Eestimaa_Kommunistliku_Partei_Keskkomitee, lk 38
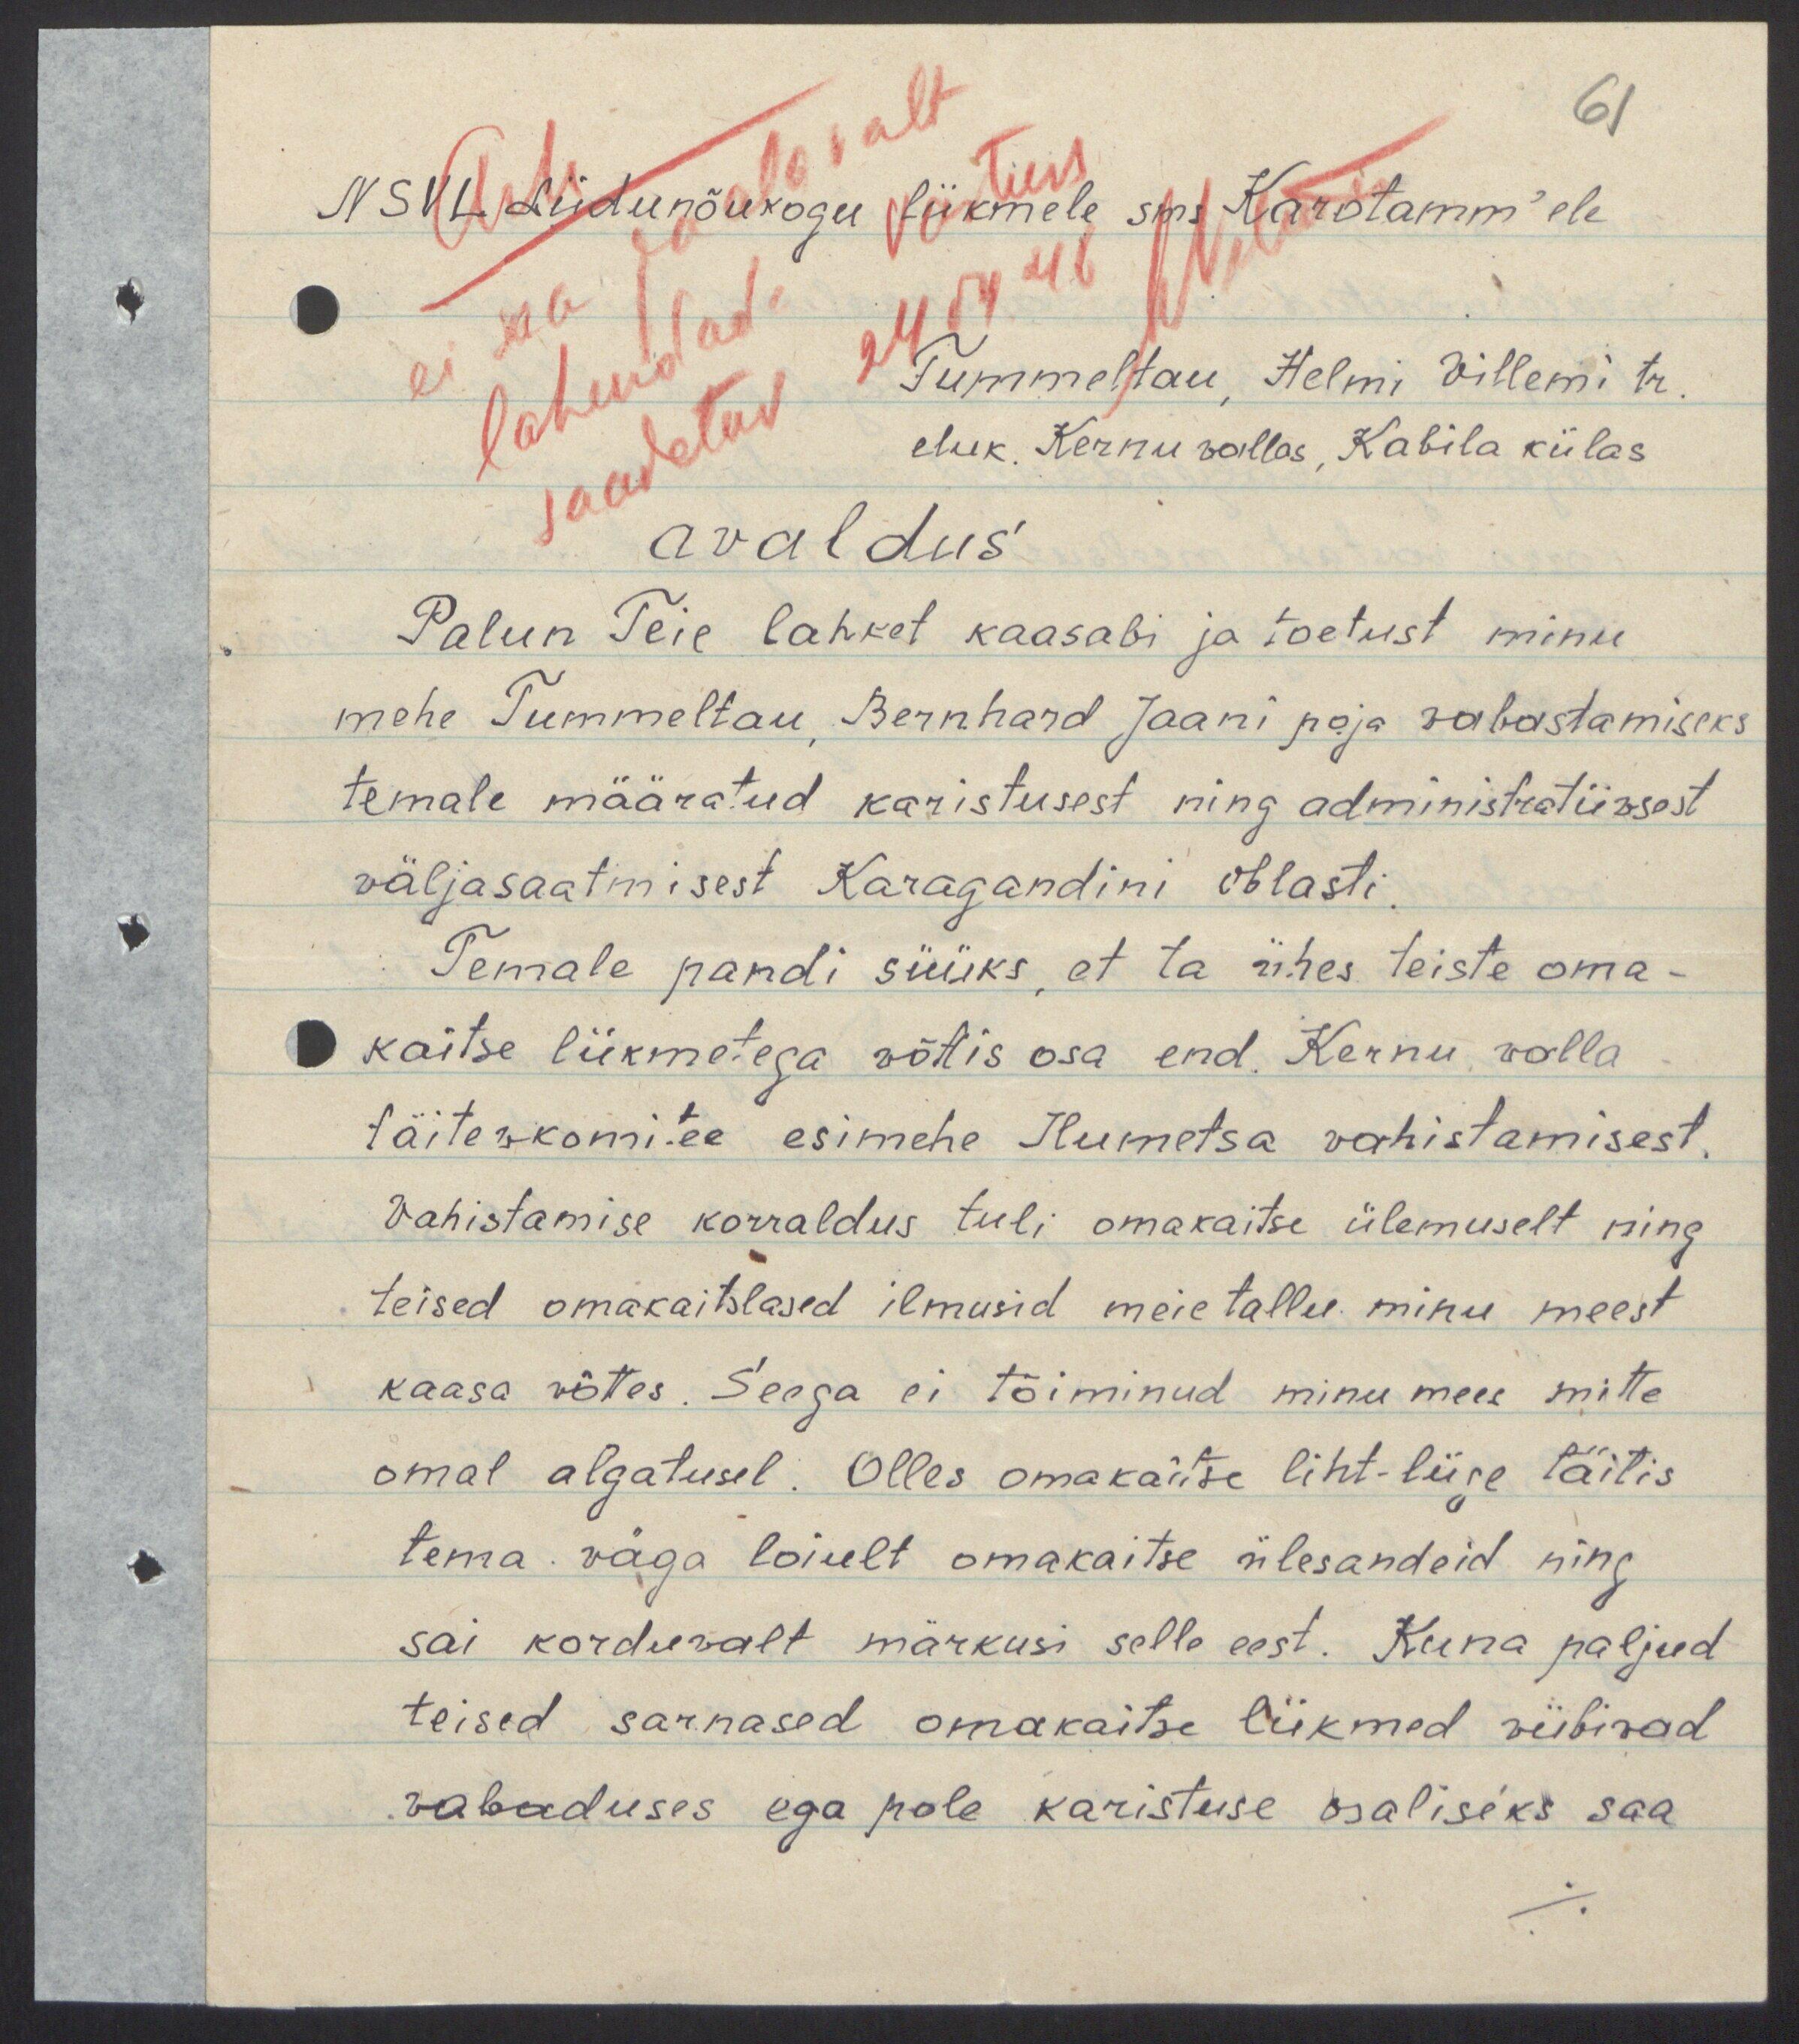
61
NSVL Liidunõukogu liikmele sms Karotamm'ele
Tummeltau, Helmi Villemi tr.
eluk. Kernu vallas, Kabila külas
avaldus
Palun Teie lahket kaasabi ja toetust minu
mehe Tummeltau, Bernhard Jaani poja vabastamiseks
temale määratud karistusest ning administratiivsest
väljasaatmisest Karagandini oblasti
Temale pandi süüks, et ta ühes teiste oma-
kaitse liikmetega võttis osa end. Kernu valla
täitevkomitee esimehe Ilumetsa vahistamisest.
Vahistamise korraldus tuli omakaitse ülemuselt ning
teised omakaitslased ilmusid meie tallu minu meest
kaasa võttes. Seega ei tõiminud minu mees mitte
omal algatusel. Olles omakaitse liht-liige täitis
tema väga loiult omakaitse ülesandeid ning
sai korduvalt märkusi selle eest. Kuna paljud
teised sarnased omakaitse liikmed viibivad
vabaduses ega pole karistuse osaliseks saa